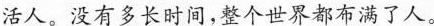
\underline{活人。}没有多长时间，整个世界都布满了人。